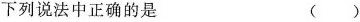
下列说法中正确的是 （ ）